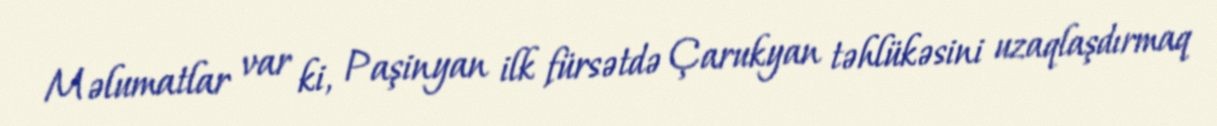
Məlumatlar var ki, Paşinyan ilk fürsətdə Çarukyan təhlükəsini uzaqlaşdırmaq